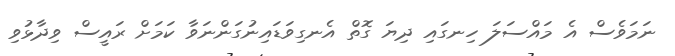
ނަމަވެސް އެ މައްސަލަ ހިނގައި ދިޔަ ގޮތް އެނގިވަޑައިނުގަންނަވާ ކަމަށް ރައީސް ވިދާޅުވި